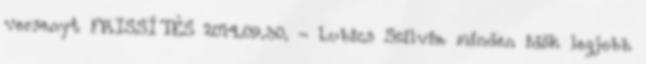
versenyt FRISSÍTÉS 2014.09.30. - Lubics Szilvia minden idők legjobb